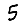
Digit: 5